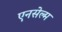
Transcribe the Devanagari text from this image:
एनसेल्म